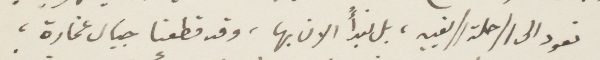
نعود الى الرحلة الريفية، بل نبدأ الان بها، وقد قطعنا جبال غمارة،